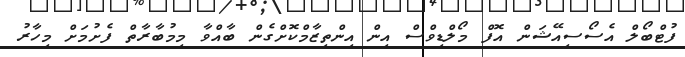
ފުޓްބޯލް އެސޯސިއޭޝަން އޮފް މޯލްޑިވްސް އިން އިންތިޒާމްކޮށްގެން ބާއްވާ މިމުބާރާތް ފެށުމަށް މިހާރު